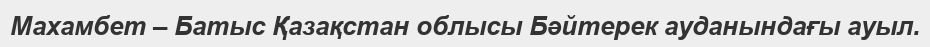
Махамбет – Батыс Қазақстан облысы Бәйтерек ауданындағы ауыл.